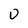
Character: U